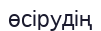
өсірудің